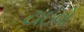
ટાઇવો